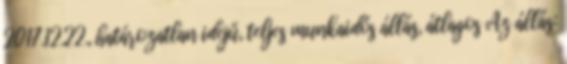
2017.12.22., határozatlan idejű, teljes munkaidős állás, átlagos Az állás: